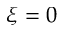
\xi = 0